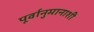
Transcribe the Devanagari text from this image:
पूर्वानुमानाशी